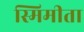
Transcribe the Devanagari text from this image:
स्मिमीता